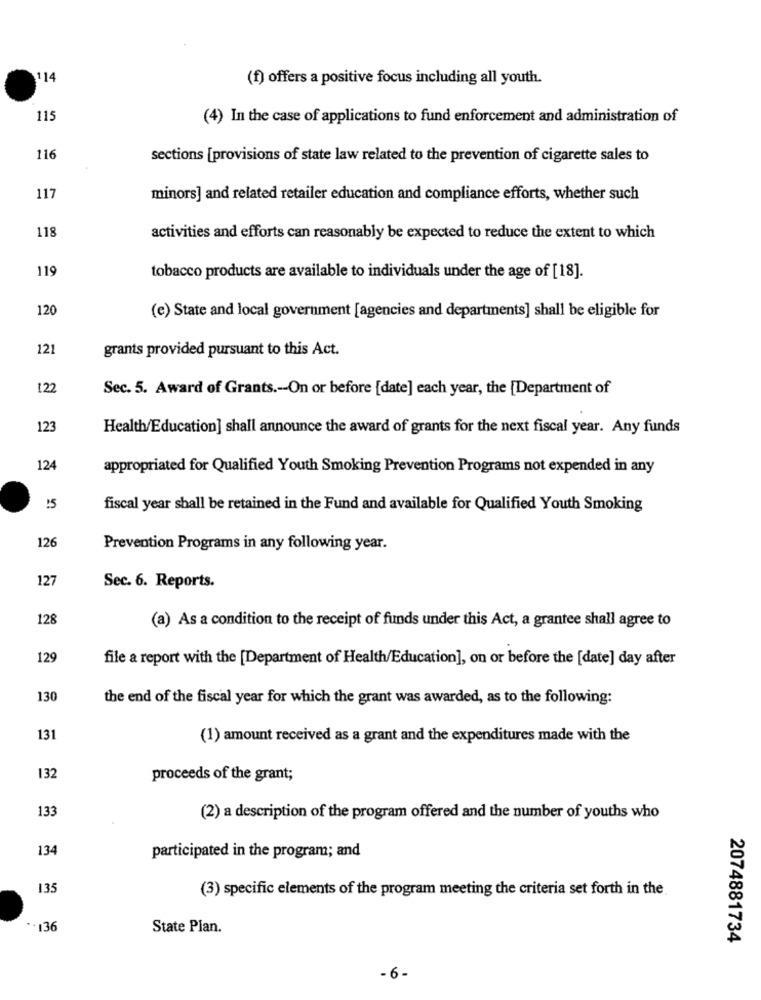
114
(f) offers a positive focus including all youth.
115
(4) In the case of applications to fund enforcement and administration of
116
sections [provisions of state law related to the prevention of cigarette sales to
117
minors] and related retailer education and compliance efforts, whether such
118
activities and efforts can reasonably be expected to reduce the extent to which
119
tobacco products are available to individuals under the age of [18].
120
(e) State and local government [agencies and departments] shall be eligible for
121
grants provided pursuant to this Act.
122
Sec. 5. Award of Grants .-- On or before [date] each year, the [Department of
123
Health/Education] shall announce the award of grants for the next fiscal year. Any funds
124
appropriated for Qualified Youth Smoking Prevention Programs not expended in any
15
fiscal year shall be retained in the Fund and available for Qualified Youth Smoking
126
Prevention Programs in any following year.
127
Sec. 6. Reports.
128
(a) As a condition to the receipt of funds under this Act, a grantee shall agree to
129
file a report with the [Department of Health/Education], on or before the [date] day after
130
the end of the fiscal year for which the grant was awarded, as to the following:
131
(1) amount received as a grant and the expenditures made with the
132
proceeds of the grant;
133
(2) a description of the program offered and the number of youths who
134
participated in the program; and
135
(3) specific elements of the program meeting the criteria set forth in the
** 136
State Plan.
2074881734
- 6-